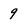
Character: 9